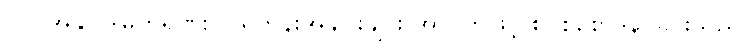
(၂) အနုဝါဒါဓိကရုဏ်း - ရဟန်းအချင်းချင်း အာပတ်ဖြင့် စွပ်စွဲစောဒနာခြင်းသည်